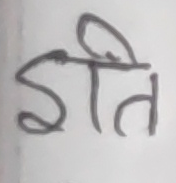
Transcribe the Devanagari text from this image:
इति